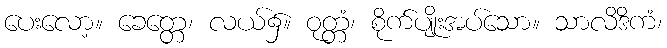
ပေးလော့။ ခေတ္တေ၊ လယ်၌။ ဝုတ္တံ၊ စိုက်ပျိုးအပ်သော။ သာလိဒိကံ၊